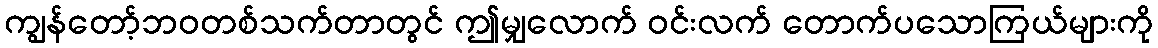
ကျွန်တော့်ဘဝတစ်သက်တာတွင် ဤမျှလောက် ဝင်းလက် တောက်ပသောကြယ်များကို